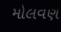
મોલવણ